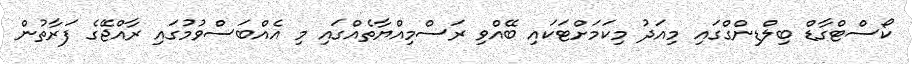
ކޯސްޓްގާޑް ބިލްޑިންގްގައި މިއަދު މިކަމަށްޓަކައި ބޭއްވި ރަސްމިއްޔާތެއްގައި މި އެއްބަސްވުމުގައި ރާއްޖޭގެ ފަރާތުން